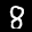
Label: 8